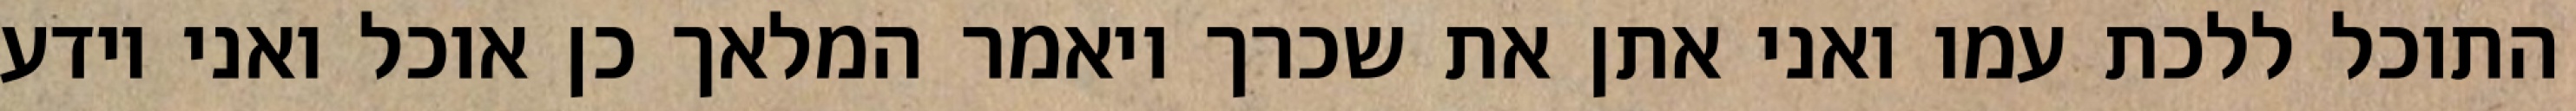
התוכל ללכת עמו ואני אתן את שכרך ויאמר המלאך כן אוכל ואני יודע